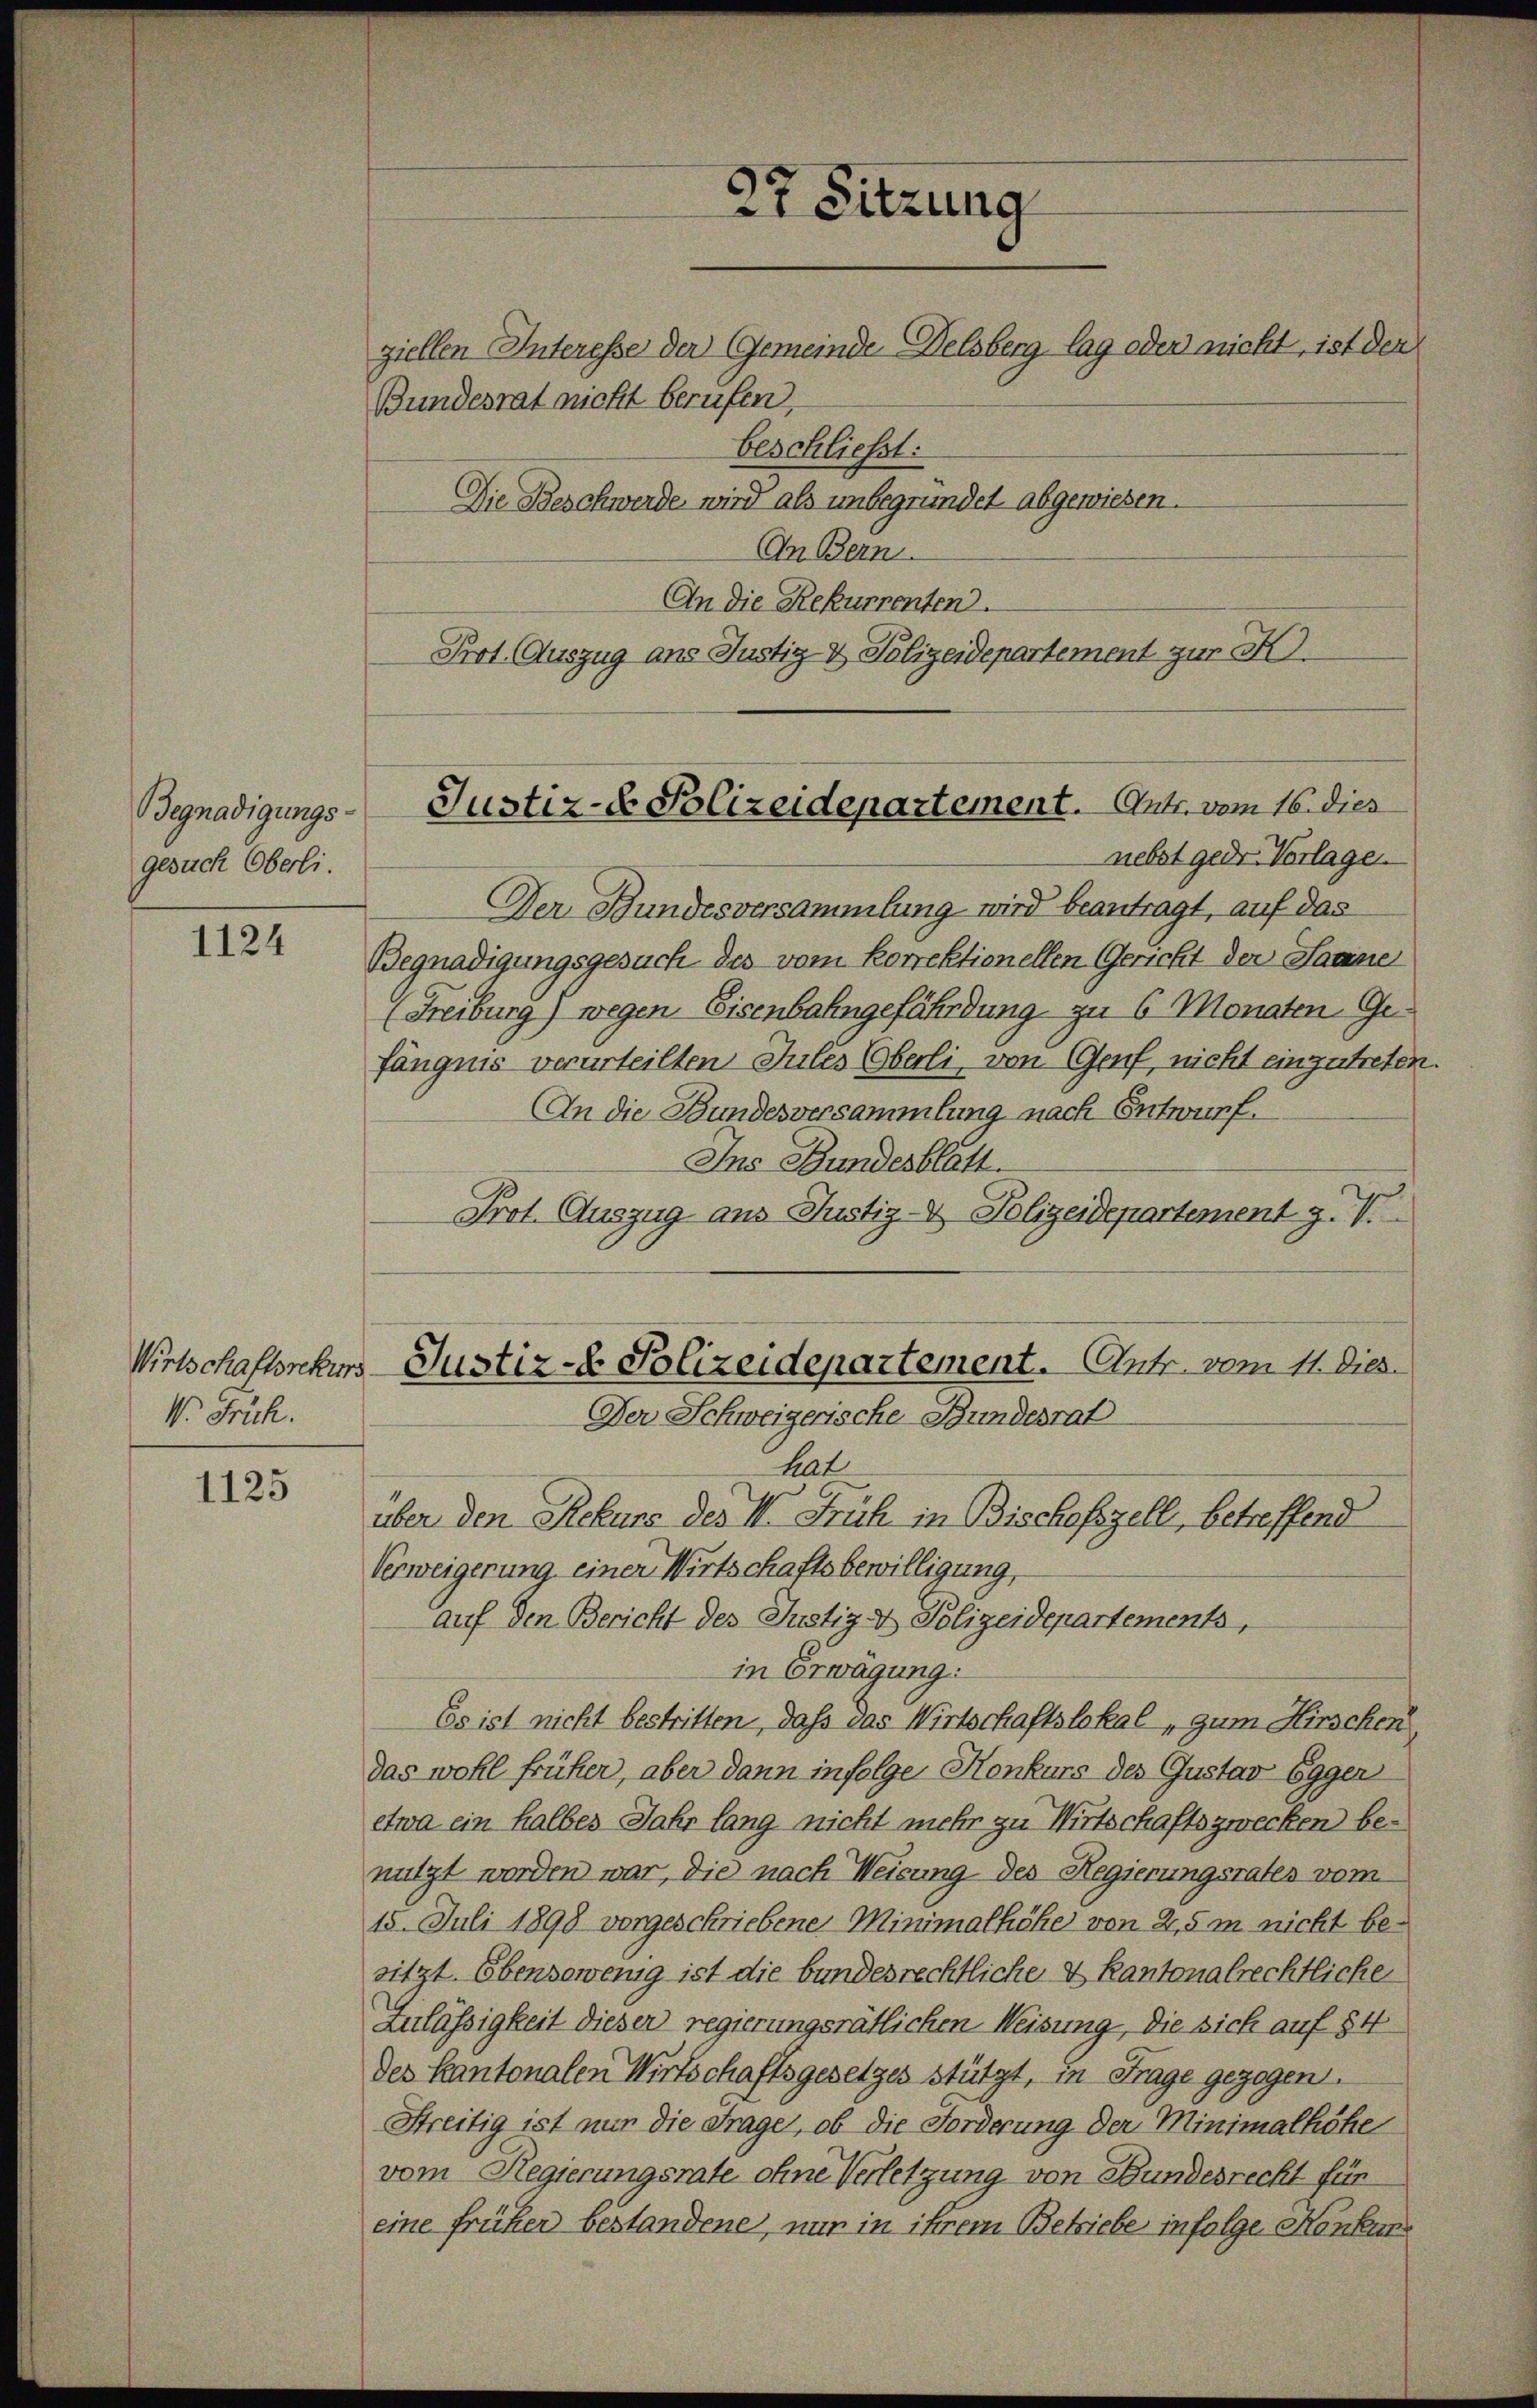
Begnadigungsgesuch Oberli.

1124

V. Früh.

1125

Bundesrat nicht berufen,
Die Beschwerde wird als unbegründet abgewiesen.
An Bern.
An die Rekurrenten.
Prot. Auszug aus Justig & Polizeidepartement zur H

nebst gedr Vorlage.
Der Bundesversammlung wird beantragt, auf das
Begnadigungsgesuch des vom korrektionellen Gericht der Saane
(Freiburg) wegen Eisenbahngefährdung zu 6 Monaten. Gefängnis verurteilten Julés (Oberli, von Genf, nicht einzutreten.
An die Bundesversammlung nach Entwurf.
Ins Bundesblatt
Prot. Auszug aus Justiz- & Polizeidepartement g. V.
hat
über den Rekurs des II. Früh in Bischofszell, betreffend
Verweigerung einer Wirtschaftsbewilligung,
auf den Bericht des Justiz- & Polizeidepartements,
in Erwägung:
Es ist nicht bestritten, daß das Wirtschaftslokal, zum Hirschen
das wohl früher, aber dann infolge Konkurs des Gustav Egger
etwa ein halbes Jahr lang nicht mehr zu Wirtschaftszwecken benutzt worden war, die nach Weisung des Regierungsrates vom
15. Juli 1898 vorgeschriebene Minimalhöhe von 2,5 m nicht besitzt. Ebensowenig ist die bundesrechtliche & Kantonalrechtliche
Zulässigkeit dieser regierungsrätlichen Weisung, die sich auf § 4
des Kantonalen Wirtschaftsgesetzes stützt, in Frage gezogen.
Streitig ist nur die Frage, ob die Forderung der Minimalhöhe
vom Regierungsrate ohne Verletzung von Bundesrecht für
eine früher bestandene, nur in ihrem Betriebe infolge Konkun¬

Justiz- Polizeidepartement. Antr. vom 16. dies

Wirtschaftssekurs-Justiz- & Polizeidepartement. Antr. vom 11. Dies
Der Schweizerische Bundesrat

27 Sitzung
ziellen Interesse der Gemeinde Delsberg lag oder nicht, ist der
beschließt: